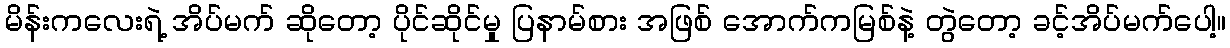
မိန်းကလေးရဲ့ အိပ်မက် ဆိုတော့ ပိုင်ဆိုင်မှု ပြနာမ်စား အဖြစ် အောက်ကမြစ်နဲ့ တွဲတော့ ခင့်အိပ်မက်ပေါ့။